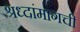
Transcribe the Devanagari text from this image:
श्रध्दांमागची